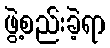
ဖွဲ့စည်းခဲ့ရာ